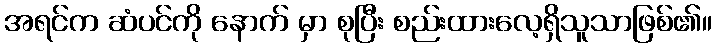
အရင်က ဆံပင်ကို နောက် မှာ စုပြီး စည်းထားလေ့ရှိသူသာဖြစ်၏။